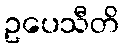
ဥပေသီတိ